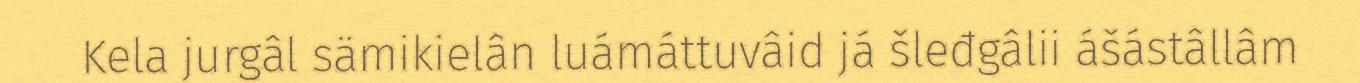
Kela jurgâl sämikielân luámáttuvâid já šleđgâlii ášástâllâm